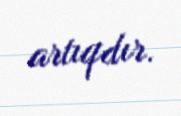
artıqdır.